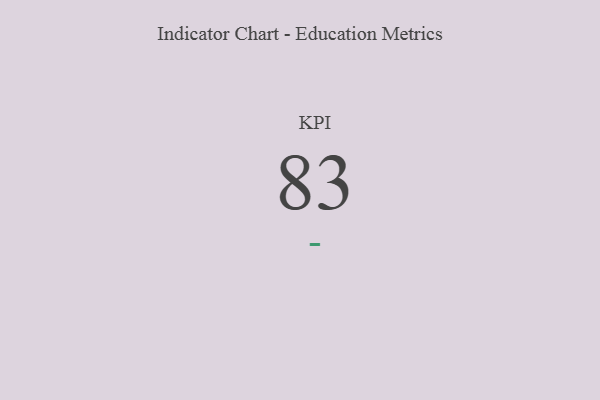
{"axis": {"x": "KPI", "y": "Value"}, "legend": [""], "data": [{"x": "KPI", "y": 83, "type": ""}]}